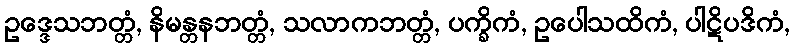
ဥဒ္ဒေသဘတ္တံ, နိမန္တနဘတ္တံ, သလာကဘတ္တံ, ပက္ခိကံ, ဥပေါသထိကံ, ပါဋိပဒိကံ,